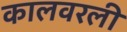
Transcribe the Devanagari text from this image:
कालवरली